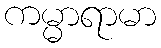
ကမ္မာရာမာ